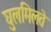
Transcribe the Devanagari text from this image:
घुलमिलते